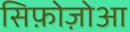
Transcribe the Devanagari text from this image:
सिफ़ोज़ोआ